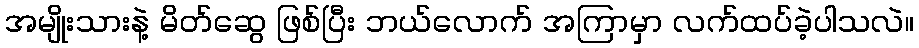
အမျိုးသားနဲ့ မိတ်ဆွေ ဖြစ်ပြီး ဘယ်လောက် အကြာမှာ လက်ထပ်ခဲ့ပါသလဲ။